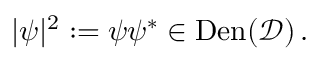
| \psi | ^ { 2 } : = \psi \psi ^ { * } \in \mathrm { D e n } ( \mathcal { D } ) \, .